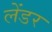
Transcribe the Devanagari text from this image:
लेंडर